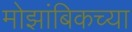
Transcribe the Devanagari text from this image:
मोझांबिकच्या